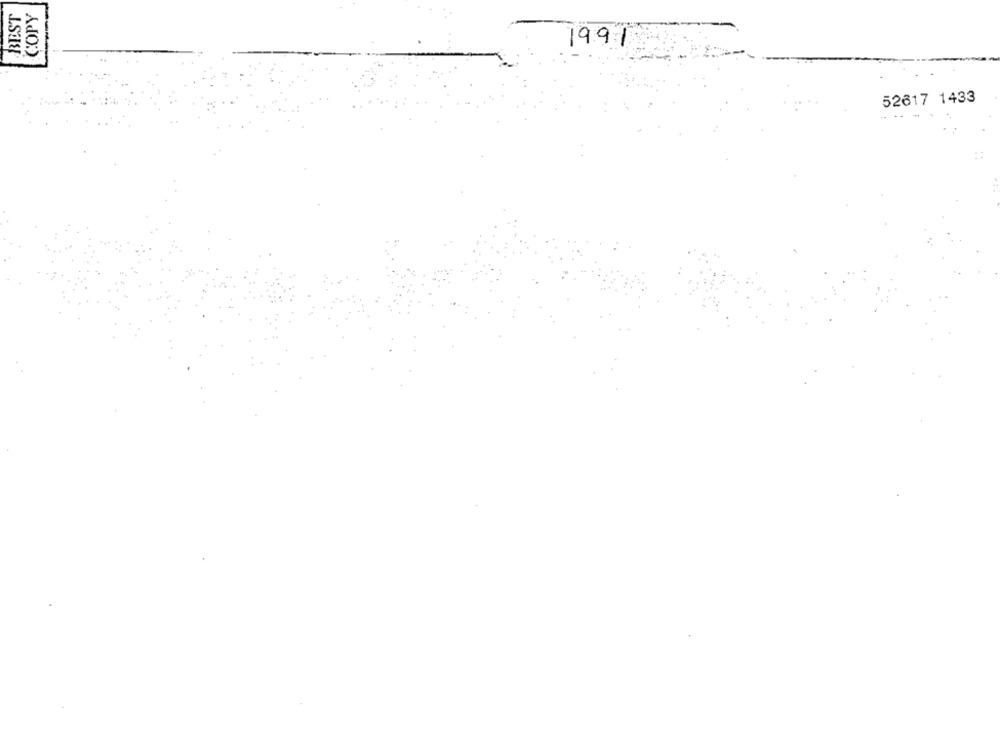
BEST
COPY
1991
52617 1433